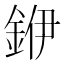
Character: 𮡶